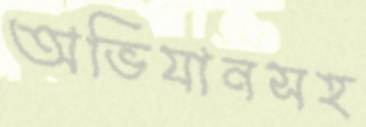
অভিযানসহ